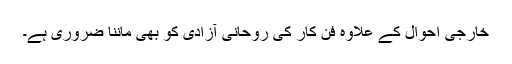
خارجی احوال کے علاوہ فن کار کی روحانی آزادی کو بھی ماننا ضروری ہے۔